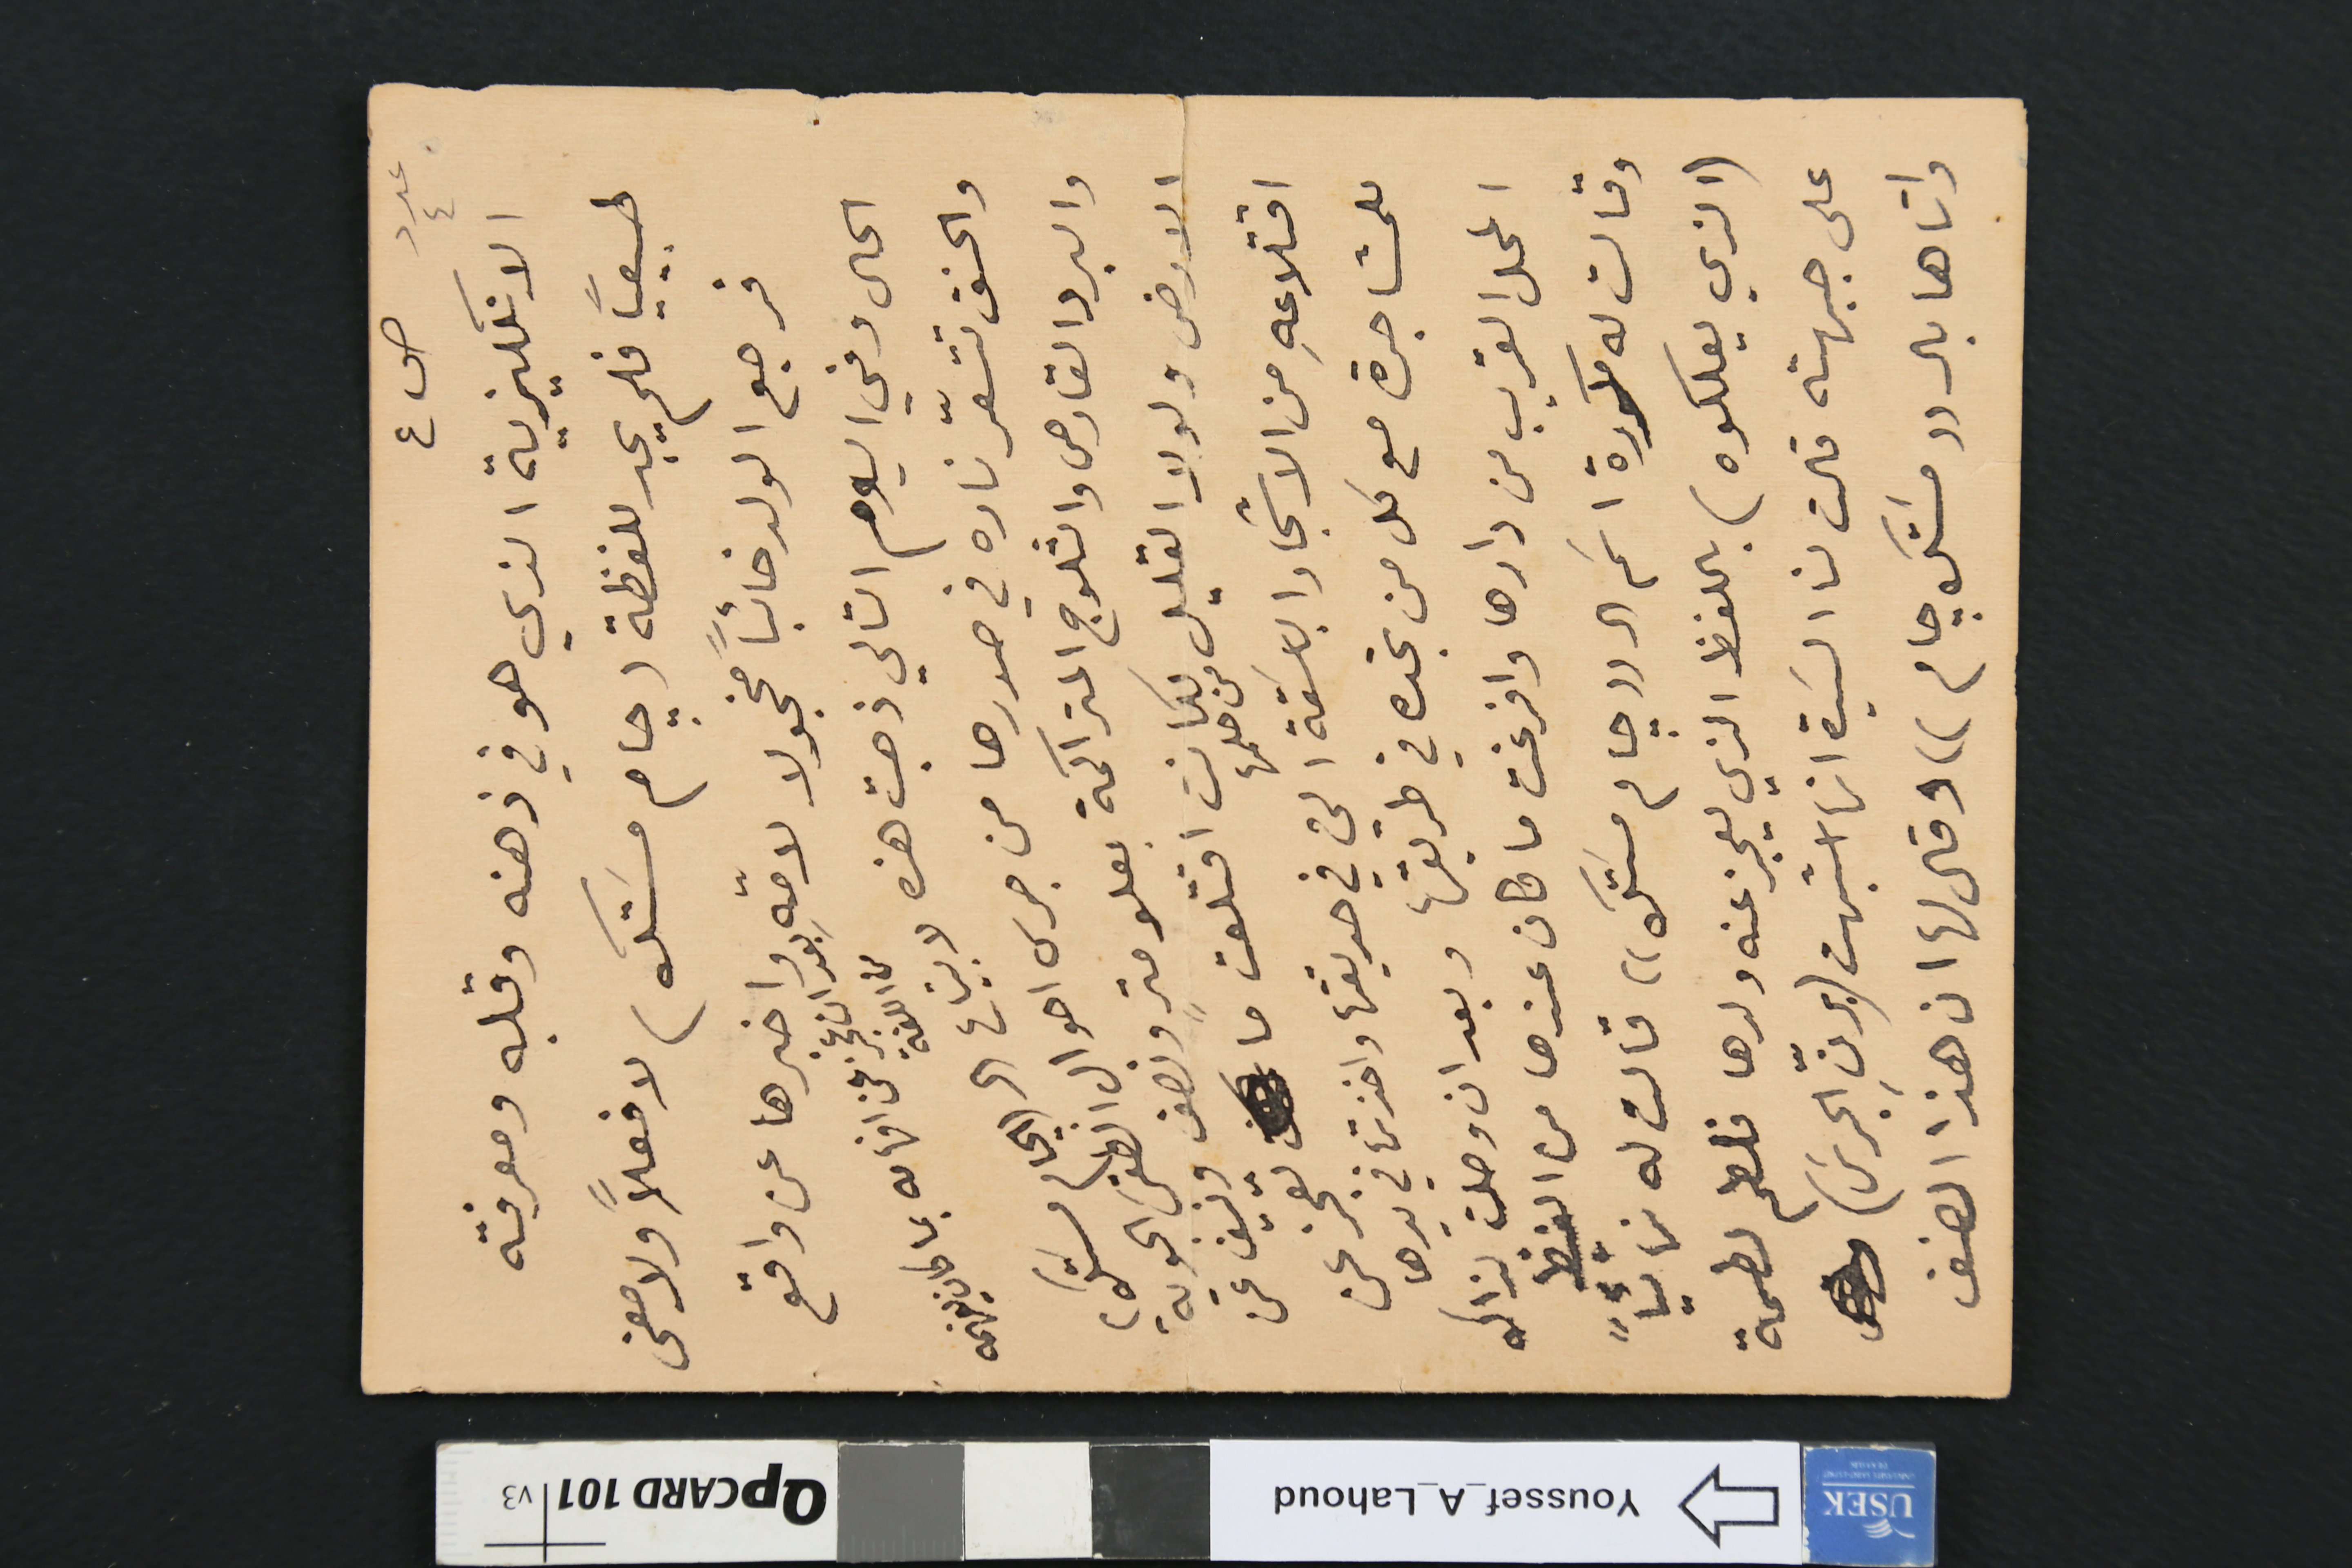
عدد ٤ ص٤
الانكليزية الذي هو في ذهنه وقلبه ومعرفته
طبيعيًا فلم يجد للفظة (جام مسَتك) لا فعلاً ولا معنى
فرجع الولد خائبًا مخجولا لامّه واخبرها عن واقع
بعد ان عجز عن افهامه بما كان يفهمه من اللغة
الحال وفي اليوم التالي ذهبت هذه لابتياع ال (الجام مسَتك)
والحنق تتسعّر ناره في صدرها من جرى احوال الطقس الجوية
والبرد القارص والثلوج المتراكمة بعلو متر ونصف ونيف عن
الارض ولولا القليل من حلمها لكانت اقتلعت ما تعجز عن
اقتلاعهِ من الاشجار الباسَقة التي في حديقتها واخذتها في يدها
للمشاجرة مع كل من تجده في طريقها وبعد ان وصلت لذاك
المحل القريب من دارها وافرغت ما كان عندها من الغيظ
وقالت له مكررة اسَم ال ((جام مسَتك)) قالت له نهائياً
(الذي يعلكوه) باللفظ الذي يعجز عنه ولدها فلطم لطمة
على جبهته قالت لنا السَيدة انها اشبهت (برنِّ الجرسَ)
واتاها بال (( مسَتك جام)) وقال لها ان هذا الصنف